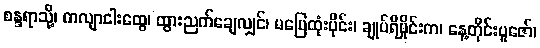
စန္ဒရာသို့၊ ကလျာငါးထွေ၊ ထွားညက်ချေလျှင်၊ မပြေထုံးပိုင်း၊ ချုပ်ရီမှိုင်းက၊ နေ့တိုင်းပူဇော်၊